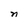
Character: n